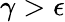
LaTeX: \gamma>\epsilon